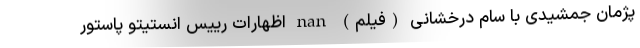
پژمان جمشیدی با سام درخشانی (فیلم) nan اظهارات رییس انستیتو پاستور